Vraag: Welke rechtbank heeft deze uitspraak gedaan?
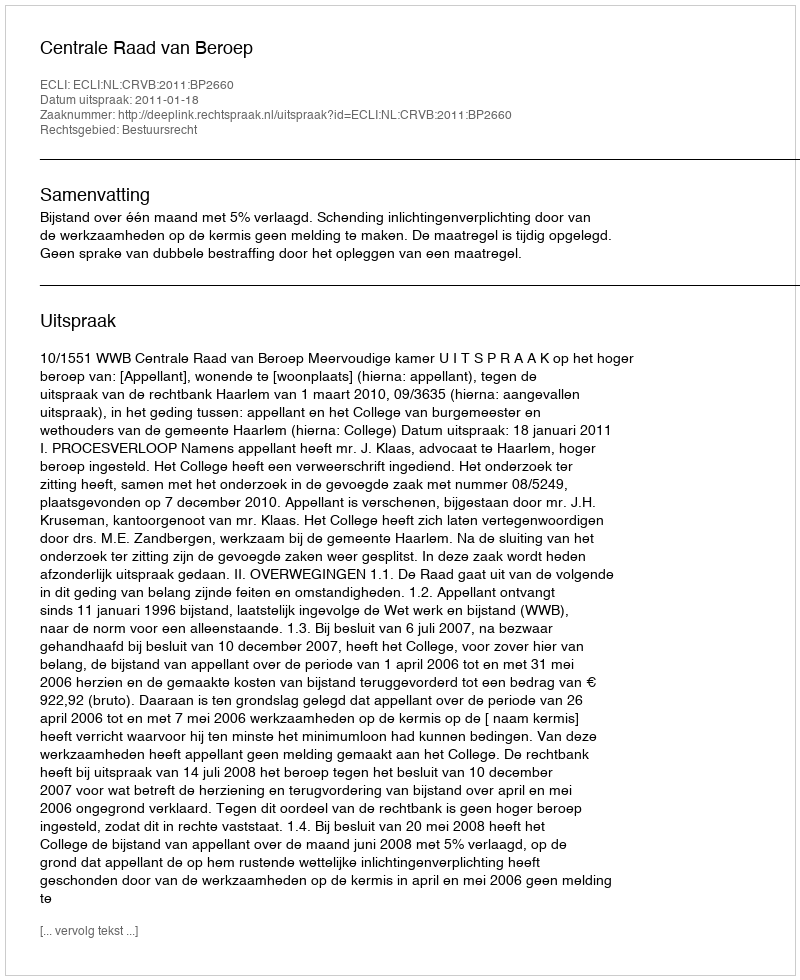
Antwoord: Centrale Raad van Beroep